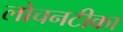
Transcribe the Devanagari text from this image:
लोचनटीका